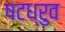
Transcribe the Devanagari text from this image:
षटध्रुव